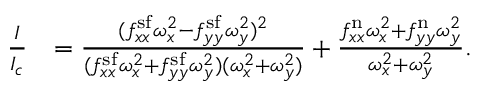
\begin{array} { r l } { \frac { I } { I _ { c } } } & { = \frac { ( f _ { x x } ^ { \mathrm { s f } } \omega _ { x } ^ { 2 } - f _ { y y } ^ { \mathrm { s f } } \omega _ { y } ^ { 2 } ) ^ { 2 } } { ( f _ { x x } ^ { \mathrm { s f } } \omega _ { x } ^ { 2 } + f _ { y y } ^ { \mathrm { s f } } \omega _ { y } ^ { 2 } ) ( \omega _ { x } ^ { 2 } + \omega _ { y } ^ { 2 } ) } + \frac { f _ { x x } ^ { \mathrm { n } } \omega _ { x } ^ { 2 } + f _ { y y } ^ { \mathrm { n } } \omega _ { y } ^ { 2 } } { \omega _ { x } ^ { 2 } + \omega _ { y } ^ { 2 } } . } \end{array}